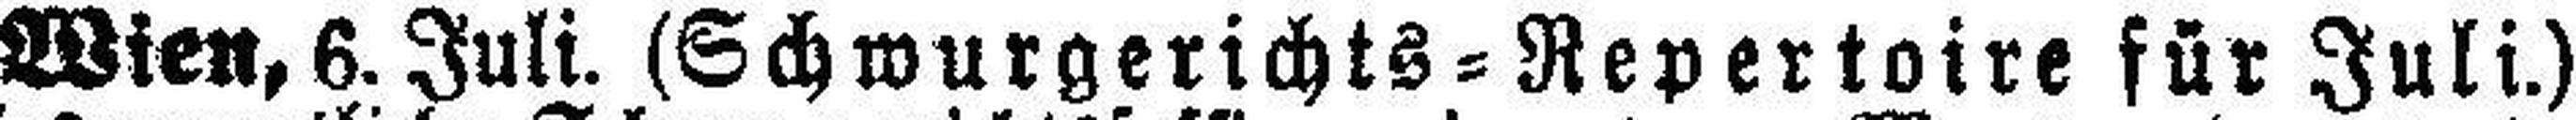
Wien, 6. Juli. (Schwurgerichts=Repertoire für Juli.)